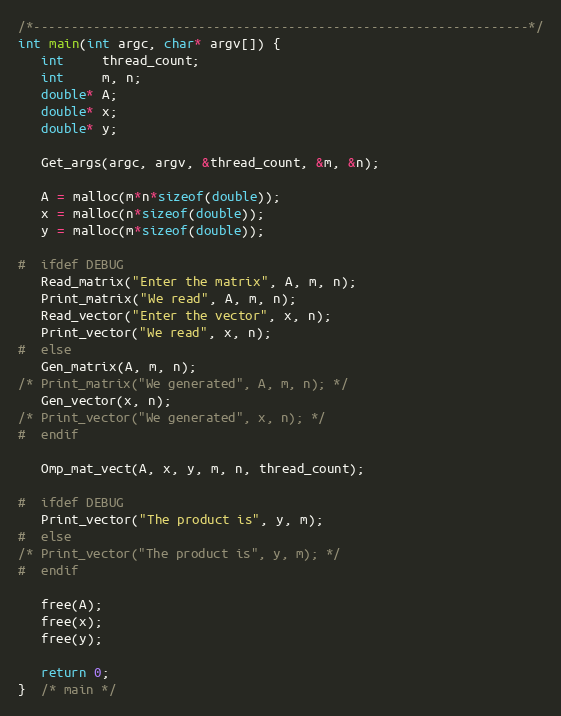
Language: C
/*------------------------------------------------------------------*/
int main(int argc, char* argv[]) {
   int     thread_count;
   int     m, n;
   double* A;
   double* x;
   double* y;

   Get_args(argc, argv, &thread_count, &m, &n);

   A = malloc(m*n*sizeof(double));
   x = malloc(n*sizeof(double));
   y = malloc(m*sizeof(double));

#  ifdef DEBUG
   Read_matrix("Enter the matrix", A, m, n);
   Print_matrix("We read", A, m, n);
   Read_vector("Enter the vector", x, n);
   Print_vector("We read", x, n);
#  else
   Gen_matrix(A, m, n);
/* Print_matrix("We generated", A, m, n); */
   Gen_vector(x, n);
/* Print_vector("We generated", x, n); */
#  endif

   Omp_mat_vect(A, x, y, m, n, thread_count);

#  ifdef DEBUG
   Print_vector("The product is", y, m);
#  else
/* Print_vector("The product is", y, m); */
#  endif

   free(A);
   free(x);
   free(y);

   return 0;
}  /* main */